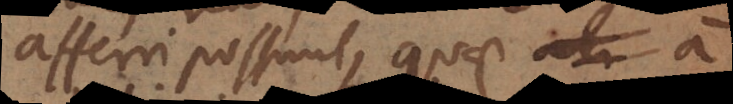
afferri possunt, quae a